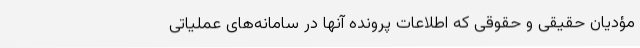
مؤدیان حقیقی و حقوقی که اطلاعات پرونده آنها در سامانه‌های عملیاتی